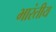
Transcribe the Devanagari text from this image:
भारंतीय